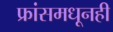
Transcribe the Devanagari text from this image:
फ्रांसमधूनही